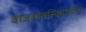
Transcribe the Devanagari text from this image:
वाजनोवस्किएलीज